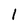
Character: l